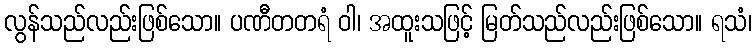
လွန်သည်လည်းဖြစ်သော။ ပဏီတတရံ ဝါ၊ အထူးသဖြင့် မြတ်သည်လည်းဖြစ်သော။ ရသံ၊